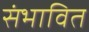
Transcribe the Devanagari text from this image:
संभावित